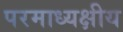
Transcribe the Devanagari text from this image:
परमाध्यक्षीय